Annual report of the Bengal Veterinary College and of the Civil Veterinary Department, Bengal, for the year 1908-1909 - 1908-1909
Year: 1908
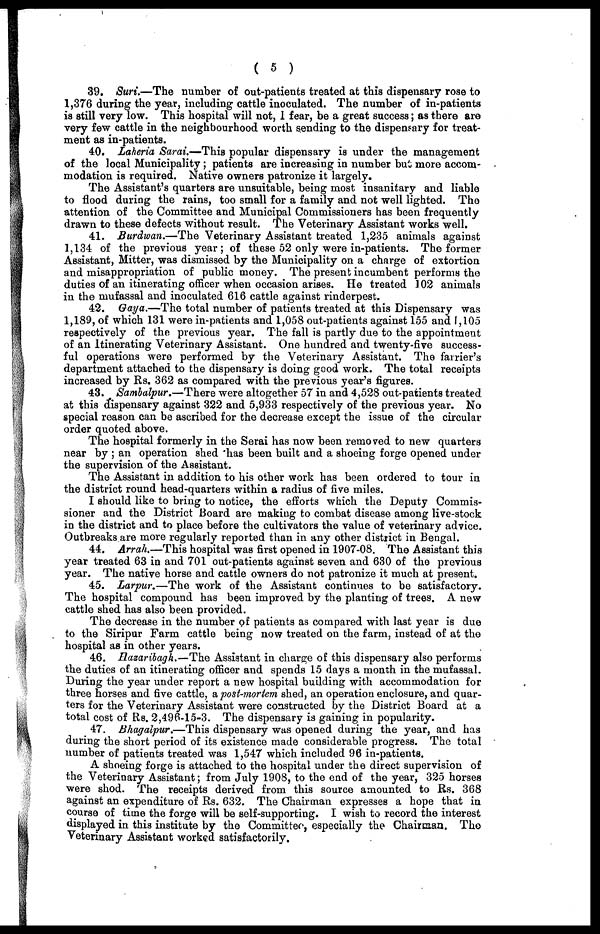
( 5 )
39. Suri.—The number of out-patients treated at this dispensary rose to
1,376 during the year, including cattle inoculated. The number of in-patients
is still very low. This hospital will not, 1 fear, be a great success; as there are
very few cattle in the neighbourhood worth sending to the dispensary for treat-
ment as in-patients.
40. Laheria Sarai.—This popular dispensary is under the management
of the local Municipality; patients are increasing in number but more accom-
modation is required. Native owners patronize it largely.
The Assistant's quarters are unsuitable, being most insanitary and liable
to flood during the rains, too small for a family and not well lighted. The
attention of the Committee and Municipal Commissioners has been frequently
drawn to these defects without result. The Veterinary Assistant works well.
41. Burdwan.—The Veterinary Assistant treated 1,235 animals against
1,134 of the previous year; of these 52 only were in-patients. The former
Assistant, Mitter, was dismissed by the Municipality on a charge of extortion
and misappropriation of public money. The present incumbent performs the
duties of an itinerating officer when occasion arises. He treated 102 animals
in the mufassal and inoculated 616 cattle against rinderpest.
42. Gaya.—The total number of patients treated at this Dispensary was
1,189, of which 131 were in-patients and 1,058 out-patients against 155 and 1,105
respectively of the previous year. The fall is partly due to the appointment
of an Itinerating Veterinary Assistant. One hundred and twenty-five success-
ful operations were performed by the Veterinary Assistant. The farrier's
department attached to the dispensary is doing good work. The total receipts
increased by Rs. 362 as compared with the previous year's figures.
43. Sambalpur.—There were altogether 57 in and 4,528 out-patients treated
at this dispensary against 322 and 5,933 respectively of the previous year. No
special reason can be ascribed for the decrease except the issue of the circular
order quoted above.
The hospital formerly in the Serai has now been removed to new quarters
near by ; an operation shed has been built and a shoeing forge opened under
the supervision of the Assistant.
The Assistant in addition to his other work has been ordered to tour in
the district round head-quarters within a radius of five miles.
I should like to bring to notice, the efforts which the Deputy Commis-
sioner and the District Board are making to combat disease among live-stock
in the district and to place before the cultivators the value of veterinary advice.
Outbreaks are more regularly reported than in any other district in Bengal.
44. Arrah.—This hospital was first opened in 1907-08. The Assistant this
year treated 63 in and 701 out-patients against seven and 630 of the previous
year. The native horse and cattle owners do not patronize it much at present.
45. Larpur.—The work of the Assistant continues to be satisfactory.
The hospital compound has been improved by the planting of trees. A new
cattle shed has also been provided.
The decrease in the number of patients as compared with last year is due
to the Siripur Farm cattle being now treated on the farm, instead of at the
hospital as in other years.
46. Hazaribagh.—The Assistant in charge of this dispensary also performs
the duties of an itinerating officer and spends 15 days a month in the mufassal.
During the year under report a new hospital building with accommodation for
three horses and five cattle, a post-mortem shed, an operation enclosure, and quar-
ters for the Veterinary Assistant were constructed by the District Board at a
total cost of Rs. 2,496-15-3. The dispensary is gaining in popularity.
47. Bhagalpur.—This dispensary was opened during the year, and has
during the short period of its existence made considerable progress. The total
number of patients treated was 1,547 which included 96 in-patients.
A shoeing forge is attached to the hospital under the direct supervision of
the Veterinary Assistant; from July 1908, to the end of the year, 325 horses
were shod. The receipts derived from this source amounted to Rs. 368
against an expenditure of Rs. 632. The Chairman expresses a hope that in
course of time the forge will be self-supporting. I wish to record the interest
displayed in this institute by the Committee, especially the Chairman. The
Veterinary Assistant worked satisfactorily.